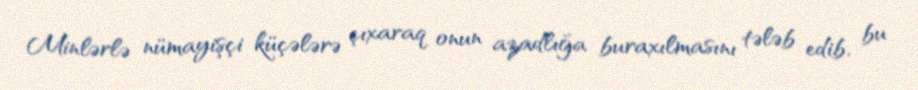
Minlərlə nümayişçi küçələrə çıxaraq onun azadlığa buraxılmasını tələb edib, bu